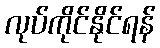
လုပ်ကိုင်နိုင်ရန်